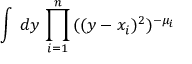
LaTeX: \int \, d y \, \prod _ { i = 1 } ^ { n } \, ( ( y - x _ { i } ) ^ { 2 } ) ^ { - \mu _ { i } }